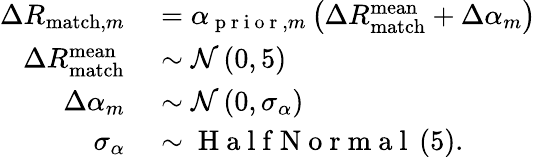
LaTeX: \begin{array}{rl}{\Delta R_{\mathrm{match},m}}&{{}=\alpha_{\mathrm{~p~r~i~o~r~},m}\left(\Delta R_{\mathrm{match}}^{\mathrm{mean}}+\Delta\alpha_{m}\right)}\\ {\Delta R_{\mathrm{match}}^{\mathrm{mean}}}&{{}\sim\mathcal{N}\left(0,5\right)}\\ {\Delta\alpha_{m}}&{{}\sim\mathcal{N}\left(0,\sigma_{\alpha}\right)}\\ {\sigma_{\alpha}}&{{}\sim\mathrm{~H~a~l~f~N~o~r~m~a~l~}\left(5\right).}\end{array}